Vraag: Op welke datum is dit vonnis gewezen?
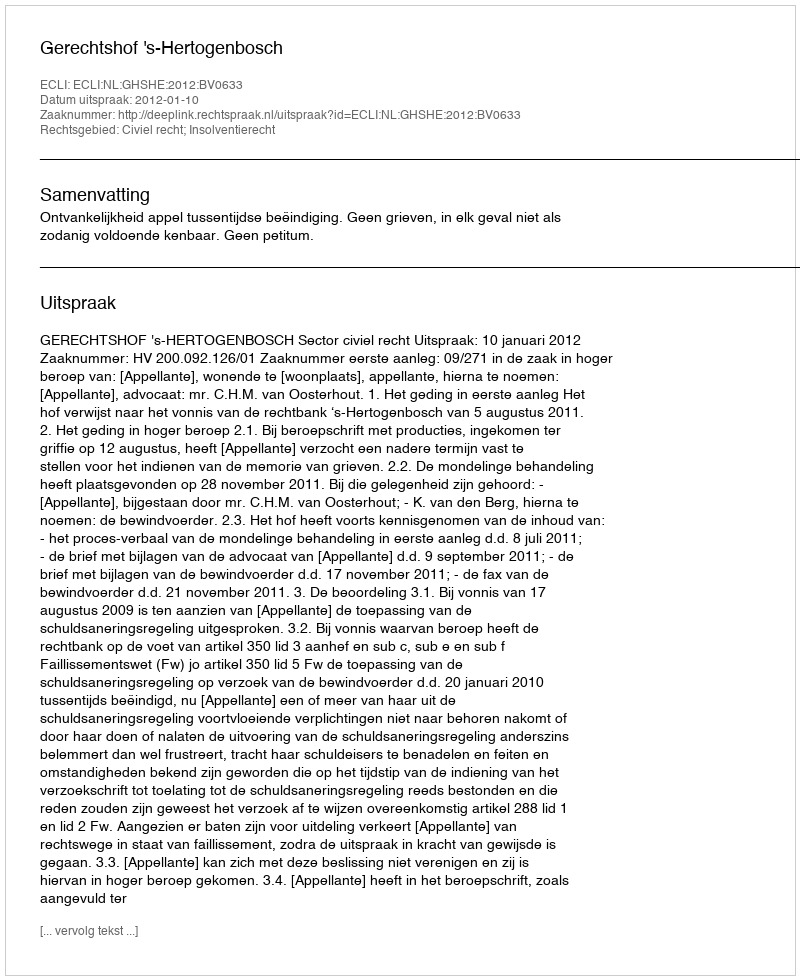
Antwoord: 2012-01-10